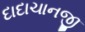
દાદાચાનજી